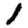
Digit: 1